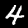
Digit: 4